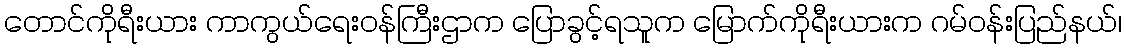
တောင်ကိုရီးယား ကာကွယ်ရေးဝန်ကြီးဌာက ပြောခွင့်ရသူက မြောက်ကိုရီးယားက ဂမ်ဝန်းပြည်နယ်၊